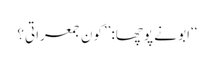
‘‘ابو نے پوچھا:’’کون جمعراتی؟